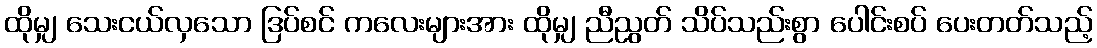
ထိုမျှ သေးငယ်လှသော ဒြပ်စင် ကလေးများအား ထိုမျှ ညီညွတ် သိပ်သည်းစွာ ပေါင်းစပ် ပေးတတ်သည့်